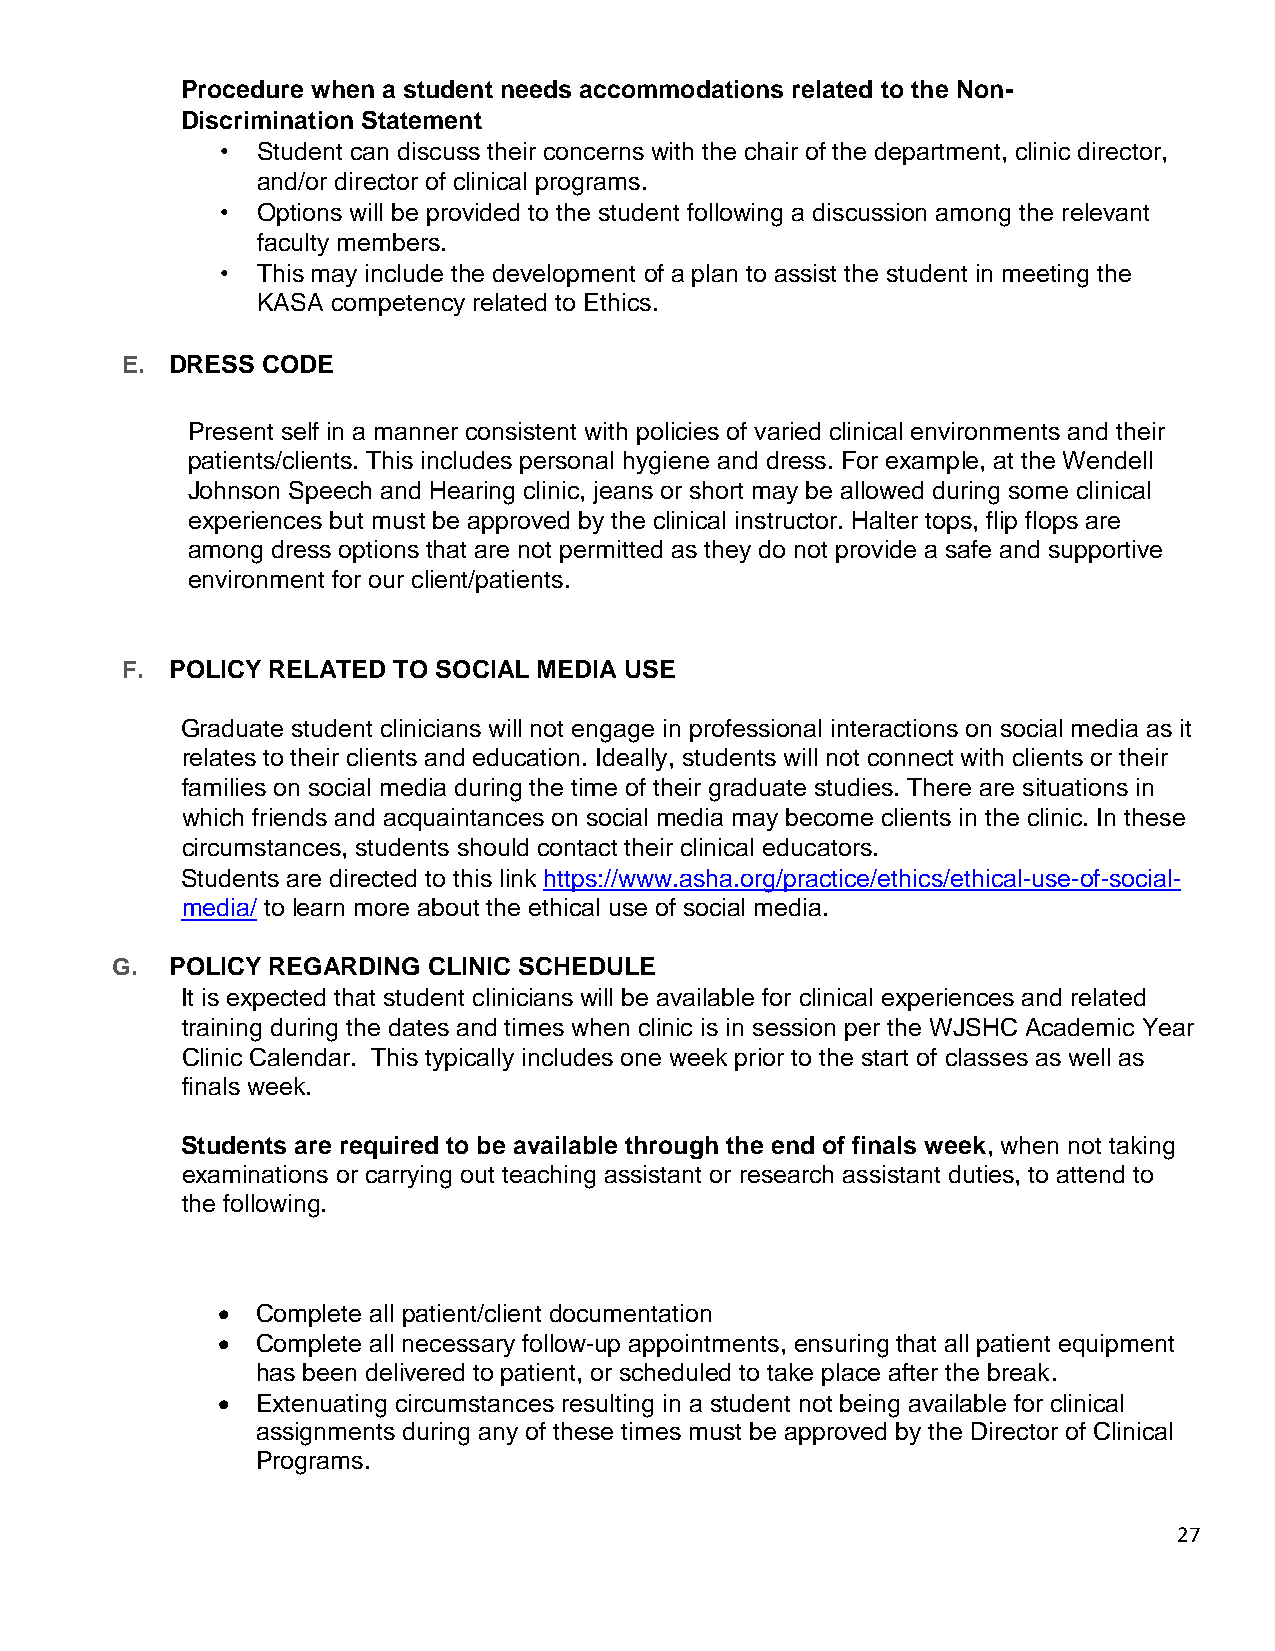
Procedure when a student needs accommodations related to the Non-
 Discrimination Statement
 • Student can discuss their concerns with the chair of the department, clinic director,
 and/or director of clinical programs.
 • Options will be provided to the student following a discussion among the relevant
 faculty members.
 • This may include the development of a plan to assist the student in meeting the
 KASA competency related to Ethics.
 E. DRESS CODE
 Present self in a manner consistent with policies of varied clinical environments and their
 patients/clients. This includes personal hygiene and dress. For example, at the Wendell
 Johnson Speech and Hearing clinic, jeans or short may be allowed during some clinical
 experiences but must be approved by the clinical instructor. Halter tops, flip flops are
 among dress options that are not permitted as they do not provide a safe and supportive
 environment for our client/patients.
 F. POLICY RELATED TO SOCIAL MEDIA USE
 Graduate student clinicians will not engage in professional interactions on social media as it
 relates to their clients and education. Ideally, students will not connect with clients or their
 families on social media during the time of their graduate studies. There are situations in
 which friends and acquaintances on social media may become clients in the clinic. In these
 circumstances, students should contact their clinical educators.
 Students are directed to this link https://www.asha.org/practice/ethics/ethical-use-of-social-
 media/ to learn more about the ethical use of social media.
 G.  POLICY REGARDING CLINIC SCHEDULE
 It is expected that student clinicians will be available for clinical experiences and related
 training during the dates and times when clinic is in session per the WJSHC Academic Year
 Clinic Calendar. This typically includes one week prior to the start of classes as well as
 finals week.
 Students are required to be available through the end of finals week, when not taking
 examinations or carrying out teaching assistant or research assistant duties, to attend to
 the following.
   Complete all patient/client documentation
   Complete all necessary follow-up appointments, ensuring that all patient equipment
 has been delivered to patient, or scheduled to take place after the break.
   Extenuating circumstances resulting in a student not being available for clinical
 assignments during any of these times must be approved by the Director of Clinical
 Programs.
 27